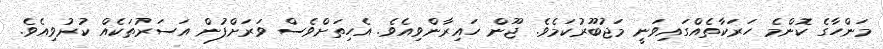
މަންހާގެ ކޮންމެ ހަރަކާތެއްގައިވަނީ މަޖުބޫރުކަމެވެ. ޖޫން ހައިރާންވިއެވެ. އެހިތަށްވެސް ވަރަށްފުން އަސަރުތަކެއް ކުރުވިއެވެ.